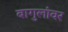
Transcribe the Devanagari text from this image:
बागुलांवर